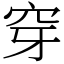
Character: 穿